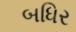
બધિર